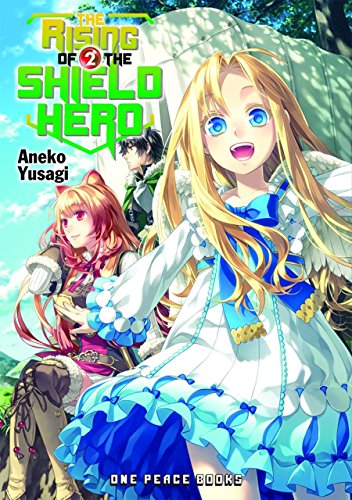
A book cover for The Rising of the Shield Hero Volume 02; Aneko Yusagi; Comics & Graphic Novels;